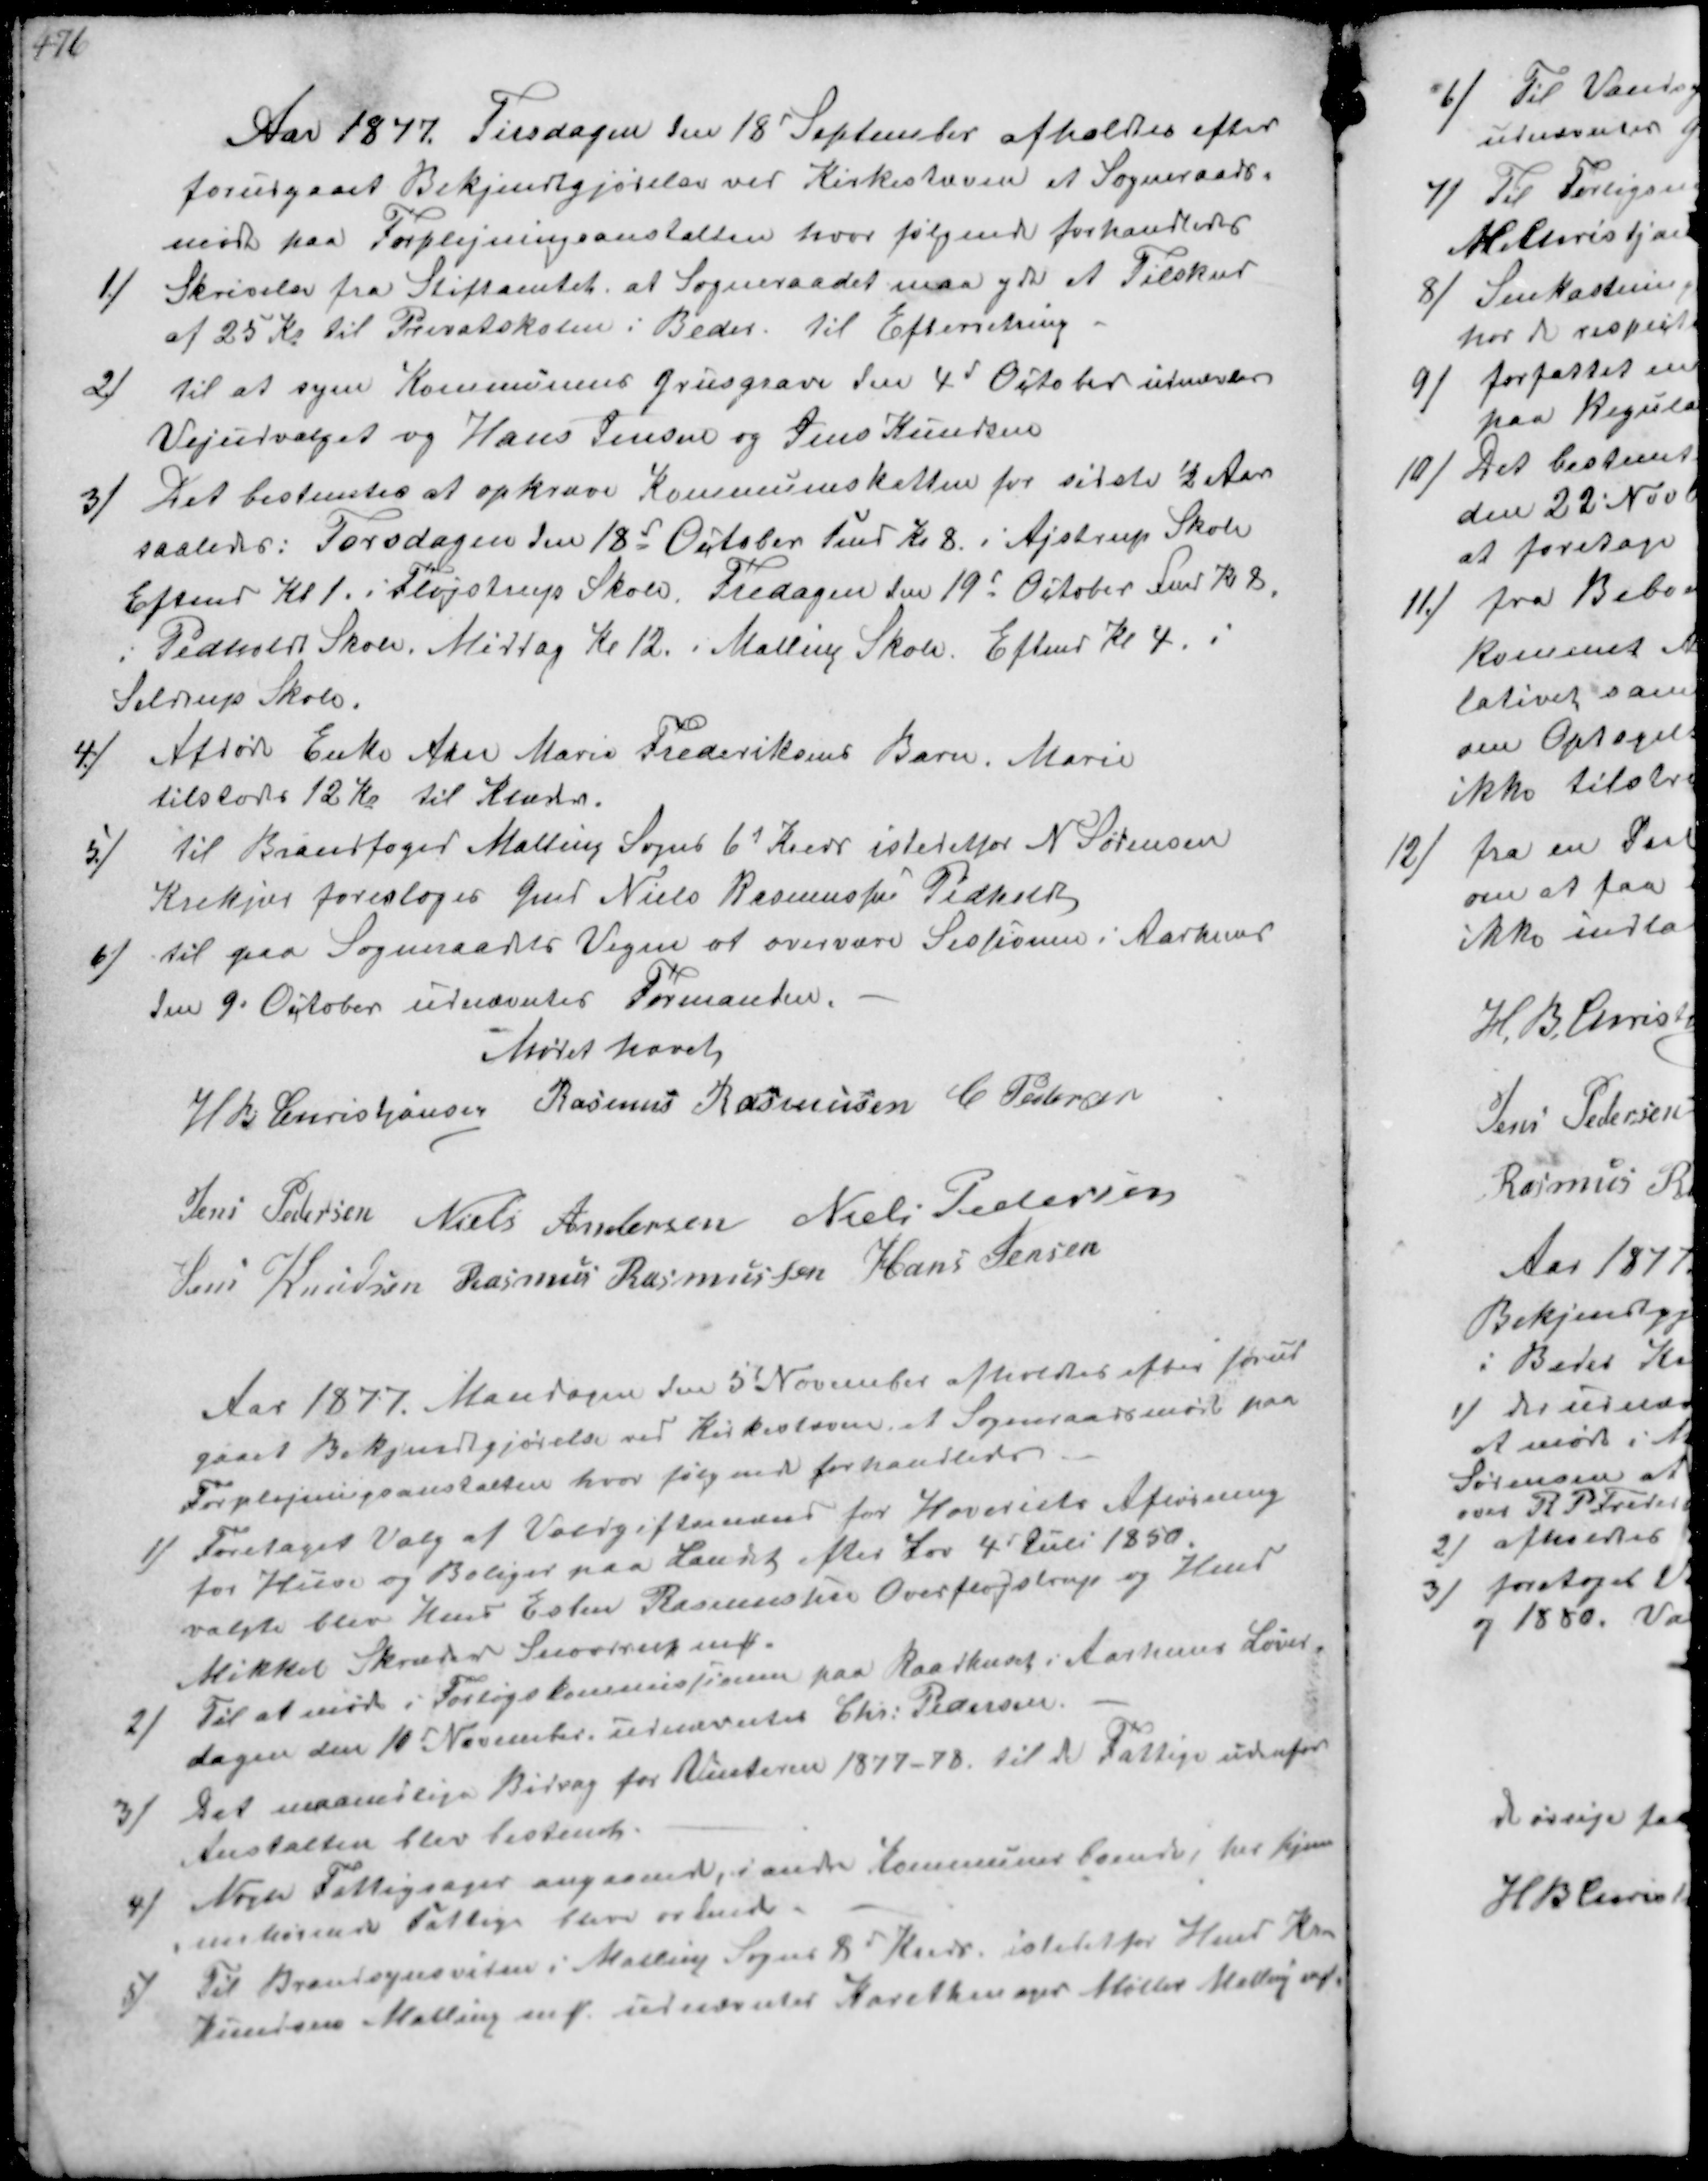
Transskription:
Aar 1877 Tirsdagen den 18 September afholdtes efter
forusgaaet Bekjendtgjørelse ved Kirkestævne et Sogneraads-
møde paa Forplejningsanstalten hvor følgende forhandledes
1/
Skrivelse fra Stiftamtet at Sogneraadet maa yde et Tilskud
af 25 Kr til Privatskolen i Beder. Til Efterretning.
2/
til at syne Kommunens Grusgrave den 4d October udnævnes
Vejudvalget og Hans Jensen og Jens Knudsen
3/
Det bestemtes at opkræve Kommuneskatten for sidste ½ Aar
saaledes: Torsdagen den 18d October Fmd Kl 8 i Ajstrup Skole
Eftemd Kl 1 i Fløjstrup Skole. Fredagen den 19d October Fmd Kl 8.
i Pedholt Skole Middag Kl 12 i Malling Skole Eftemd Kl 4.
Seldrup Skole.
4/
Afdøde Enke Ane Marie Frederiksens Barn Marie
tilstodes 12 Kr til Klæder.
5/
til Brandfoged Malling Sogns 6t Kreds istedetfor N Sørensen
Krekjær foresloges Gmd Niels Rasmussen Pedholt
6/
til paa Sogneraadets Vegne at overvære Sessionen i Aarhuus
den 9. Oktober udnævntes Formanden.
Mødet hævet.
H B Christjansen Rasmus Rasmussen C Pedersen
Jens Pedersen Niels Andersen Niels Pedersen
Jens Knudsen Rasmus Rasmussen Hans Jensen

Aar 1877. Mandagen den 5t November afholdtes efter forud-
gaaet Bekjentgjørelse ved Kirkestævne et Sogneraadsmøde paa
Forplejningsanstalten hvor følgende forhandledes
1/
Foretaget Valg af Voldgiftsmænd for Hoveriets Afløsning
for Huse og Boliger paa Landet efter Lov 4d Juli 1850.
valgte blev Hmd Esben Rasmussen Overfløjstrup og Hmd
Mikkel Skræder Snovdrup ₻.
2/
Til at mød i Forligskommissionen paa Raadhuset i Aarhuus Løver-
dagen den 10 November. udnævntes Chr. Pedersen.
3/
Det maanedlige Bidrag for Vinteren 1877-88 til de Fattige udenfor
Anstalten blev bestemt.
4/
Nogle Fattigsager angaaende, iandre Kommunes boende her hjem-
mehørende Fattige blev erkendt
5/
Til Brandsynsvidne i Malling Sogns 8d Krdr istedetfor Hmd Kr.
Knudsen Malling m fl udnævntes Karethmager Møller Malling